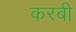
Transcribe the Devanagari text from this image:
करबी